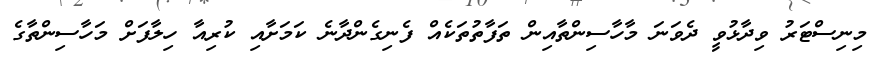
މިނިސްޓަރު ވިދާޅުވީ ދެވަނަ މާހާސިންތާއިން ތަފާތުތަކެއް ފެނިގެންދާނެ ކަމަށާއި ކުރިއާ ހިލާފަށް މަހާސިންތާގެ